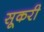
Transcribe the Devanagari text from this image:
सूकरी